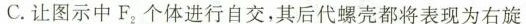
C.让图示中F_{2}个体进行自交，其后代螺壳都将表现为右旋